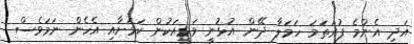
އަދި އެންމެ ފުރަތަމަ ހަމަލާ ދޭން އުޅުނީ ވަޅީއަކުން ކަމަށާއި އެހެން ނަމަވެސް